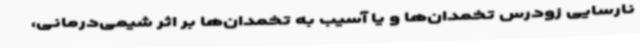
نارسایی زودرس تخمدان‌ها و یا آسیب به تخمدان‌ها بر اثر شیمی‌درمانی،